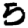
Digit: 5